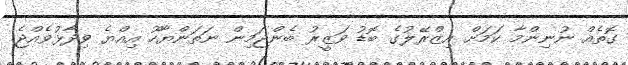
ގޮތެއް ނުނިންމާ ކަމަށް އިޒްރޭލުގެ ބޮޑު ވަޒީރު ބެންޖަމިން ނަތަންޔާހޫ އިއްޔެ ވިދާޅުވެއްޖެ